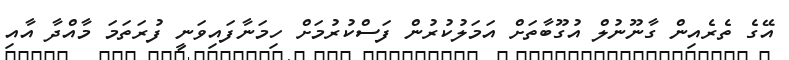
އޭގެ ތެރެއިން ގާނޫނުލް އުގޫބާތަށް އަމަލުކުރުން ފަސްކުރުމަށް ހިމަނާފައިވަނީ ފުރަތަމަ މާއްދާ އާއި